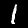
Label: 1